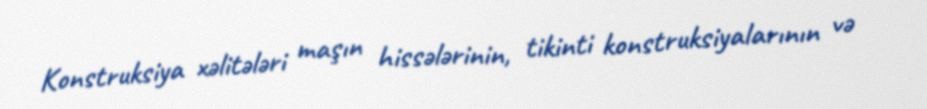
Konstruksiya xəlitələri maşın hissələrinin, tikinti konstruksiyalarının və